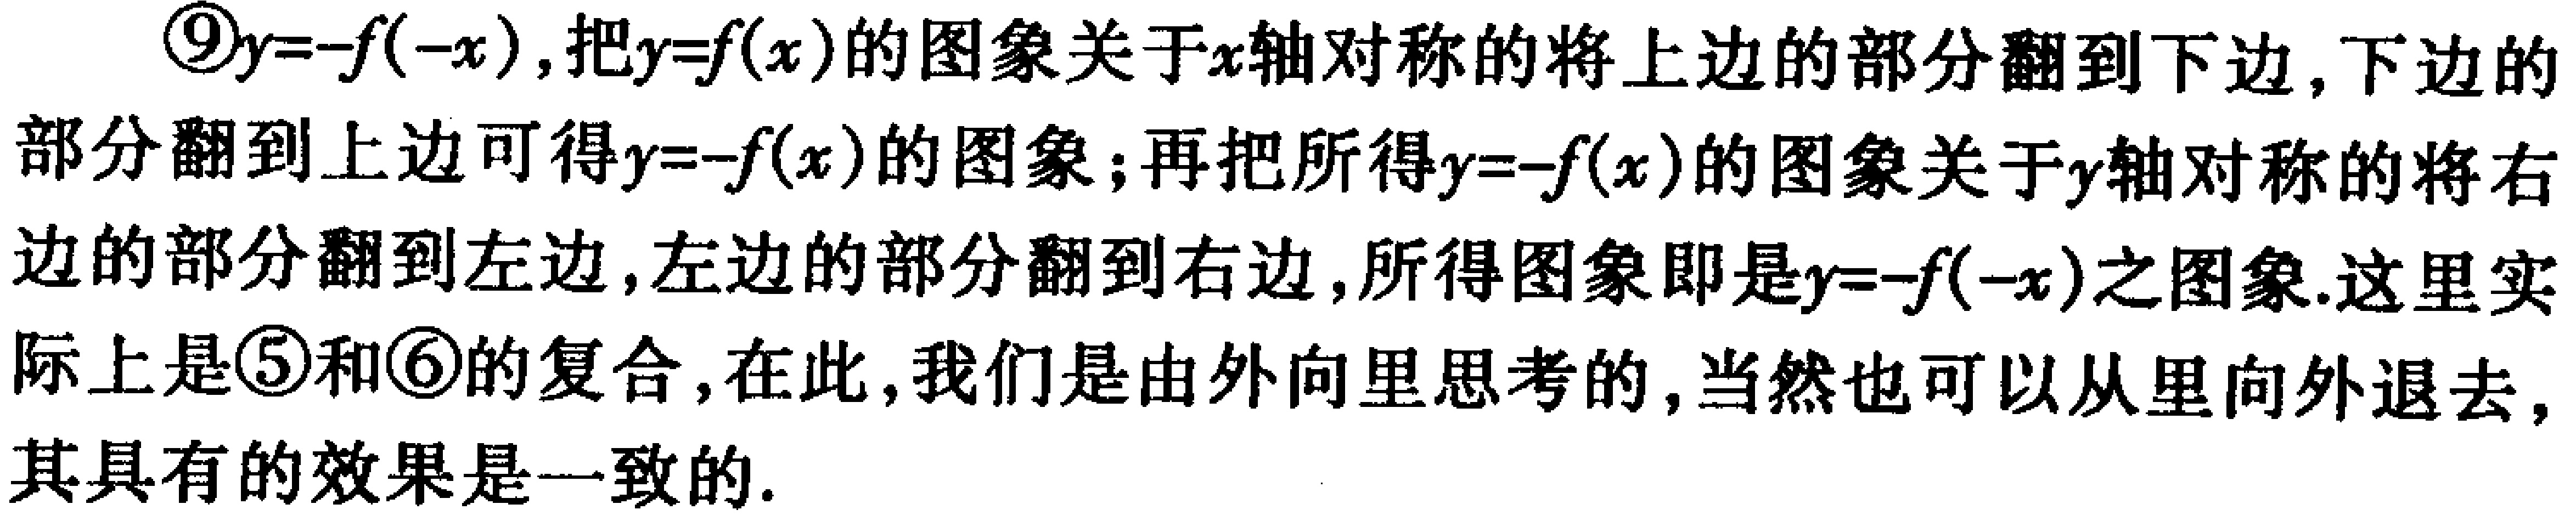
\textcircled{9}$y = -f(-x)$，把$y = f(x)$的图象关于$x$轴对称的将上边的部分翻到下边，下边的部分翻到上边可得$y = -f(x)$的图象；再把所得$y = -f(x)$的图象关于$y$轴对称的将右边的部分翻到左边，左边的部分翻到右边，所得图象即是$y = -f(-x)$之图象. 这里实际上是\textcircled{5}和\textcircled{6}的复合，在此，我们是由外向里思考的，当然也可以从里向外退去，其具有的效果是一致的.